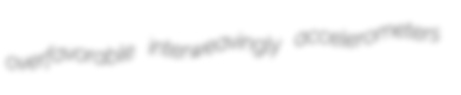
overfavorable interweavingly accelerometers